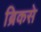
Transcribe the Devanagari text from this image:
ब्रिकसे